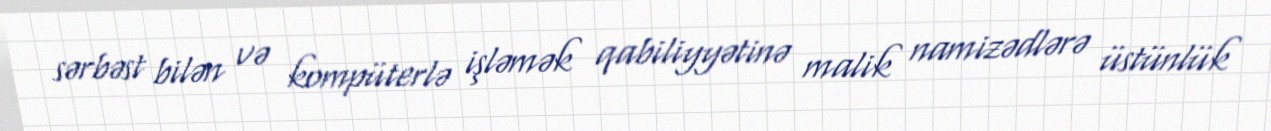
sərbəst bilən və kompüterlə işləmək qabiliyyətinə malik namizədlərə üstünlük